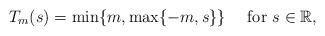
LaTeX: \begin{align*}T_m(s)=\min\{m,\max\{-m,s\}\}\quad\mbox{ for }s\in\mathbb{R},\end{align*}